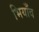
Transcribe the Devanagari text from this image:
भियाँव